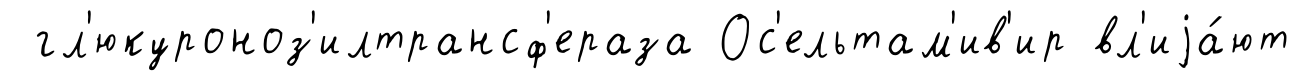
гл'юкуроноз'илтрансф'ераза Ос'ельтам'ив'ир вл'иjа́ют